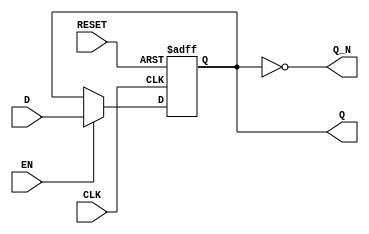
module gated_latch (
    input wire D,       // Data input
    input wire CLK,     // Clock input
    input wire EN,      // Enable input
    input wire RESET,   // Asynchronous reset input
    output reg Q,       // Latch output
    output wire Q_N     // Complement of the output
);

    // Complement of Q
    assign Q_N = ~Q;

    // Sequential logic for the gated latch
    always @(posedge CLK or posedge RESET) begin
        if (RESET) begin
            Q <= 1'b0;   // Reset state
        end else if (EN) begin
            Q <= D;      // Update output with data input when enabled
        end
        // If EN is low, Q retains its previous state
    end

endmodule